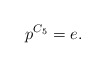
\begin{align*}p^{C_5}=e.\end{align*}